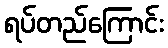
ရပ်တည်ကြောင်း